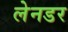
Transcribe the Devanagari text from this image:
लेनडर